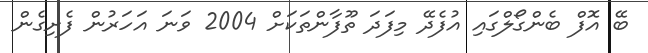
ބޭ އޮފް ބެންގޯލްގައި އުފެދޭ މިފަދަ ތޫފާންތަކަށް 2004 ވަނަ އަހަރުން ފެށިގެން